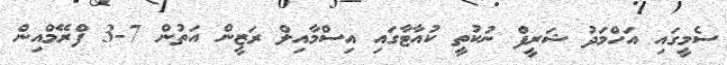
ސެމީގައި އަހްމަދު ޝަރީފް ނުކުތީ ކުއާޓާގައި އިސްމާއިލް ރަޒީން އަތުން 7-3 ފްރޭމްއިން